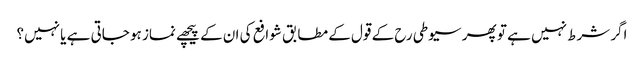
اگر شرط نہیں ہے تو پھر سیوطی رح کے قول کے مطابق شوافع کی ان کے پیچھے نماز ہو جاتی ہے یا نہیں؟